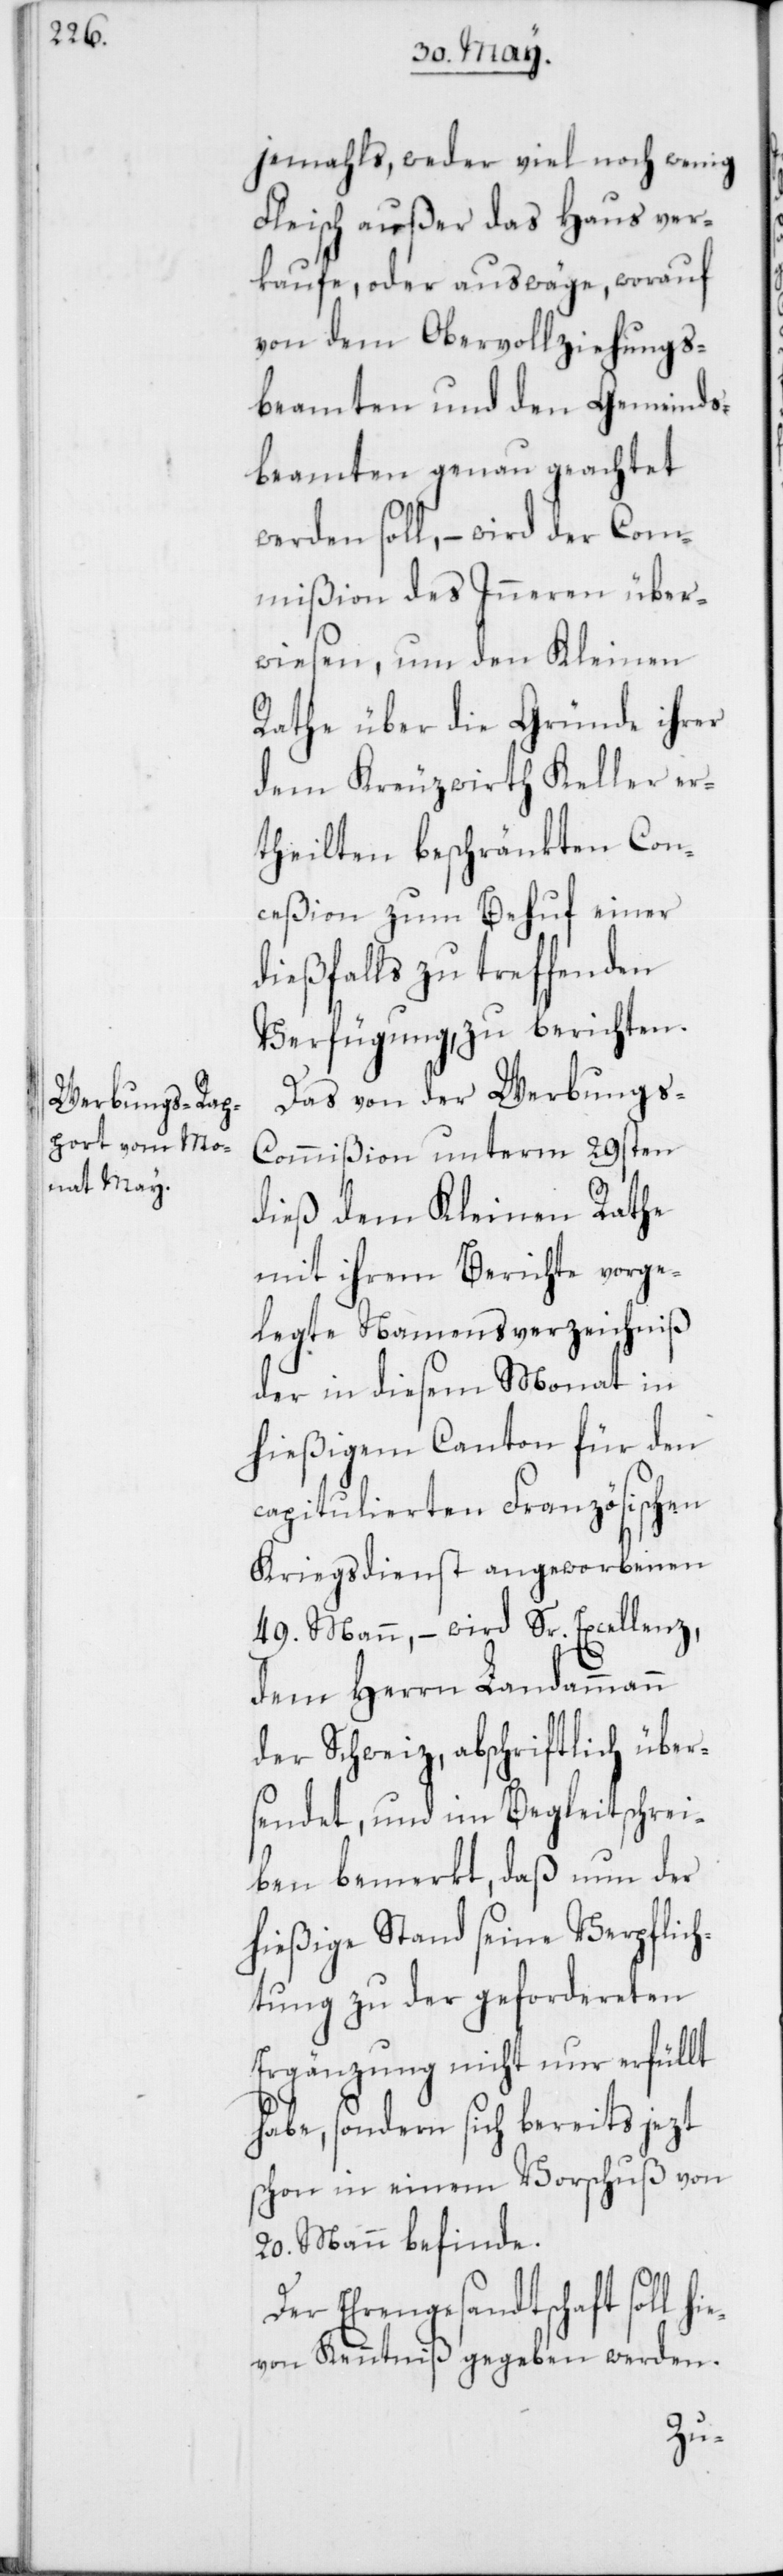
jemahls, weder viel noch wenig
Fleisch außer das Haus ver¬
kaufe, oder auswäge, worauf
von dem Obervollziehungs¬
beamten und den Gemeinds¬
beamten genau geachtet
werden soll, – wird der Com¬
mißion des Inneren über¬
wiesen, um den Kleinen
Rathe über die Gründe ihrer
dem Kreuzwirth Keller er¬
theilten beschränkten Con¬
ceßion zum Behuf einer
dießfalls zu treffenden
Verfügung, zu berichten.
Das von der Werbung¬
s-Commißion unterm 29sten
dieß dem Kleinen Rathe
mit ihrem Berichte vorge¬
legte Namensverzeichniß
der in diesem Monat in
hießigem Canton für den
capitulierten Französischen
Kriegsdienst angeworbenen
49. Mann, – wird Sr. Excellenz,
dem Herrn Landammann
der Schweiz, abschriftlich über¬
sendet, und im Begleitschrei¬
ben bemerkt, daß nun der
hießige Stand seine Verpflich¬
tung zu der gefordereten
Ergänzung nicht nur erfüllt
habe, sondern sich bereits jezt
schon in einem Vorschuß von
20. Mann befinde.
er Ehrengesandtschaft soll
von Kenntniß gegeben werden.
hie¬